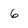
Character: 6